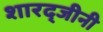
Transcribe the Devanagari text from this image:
शारद्जीनी